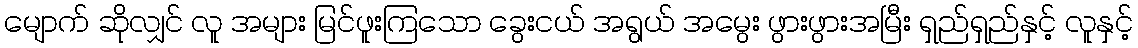
မျောက် ဆိုလျှင် လူ အများ မြင်ဖူးကြသော ခွေးငယ် အရွယ် အမွေး ဖွားဖွားအမြီး ရှည်ရှည်နှင့် လူနှင့်